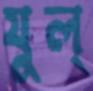
যুল্